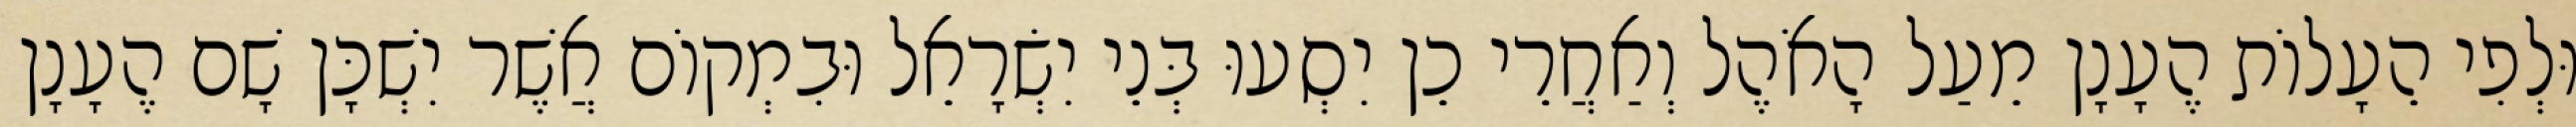
וּלְפִי הֵעָלוֹת הֶעָנָן מֵעַל הָאֹהֶל וְאַחֲרֵי כֵן יִסְעוּ בְּנֵי יִשְׂרָאֵל וּבִמְקוֹם אֲשֶׁר יִשְׁכָּן שָׁם הֶעָנָן